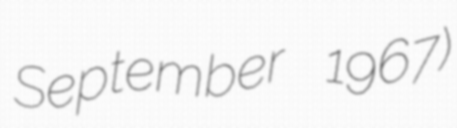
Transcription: September 1967)